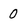
Character: 0